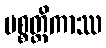
ပစ္စတ္ထိကာဿ